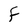
Character: F